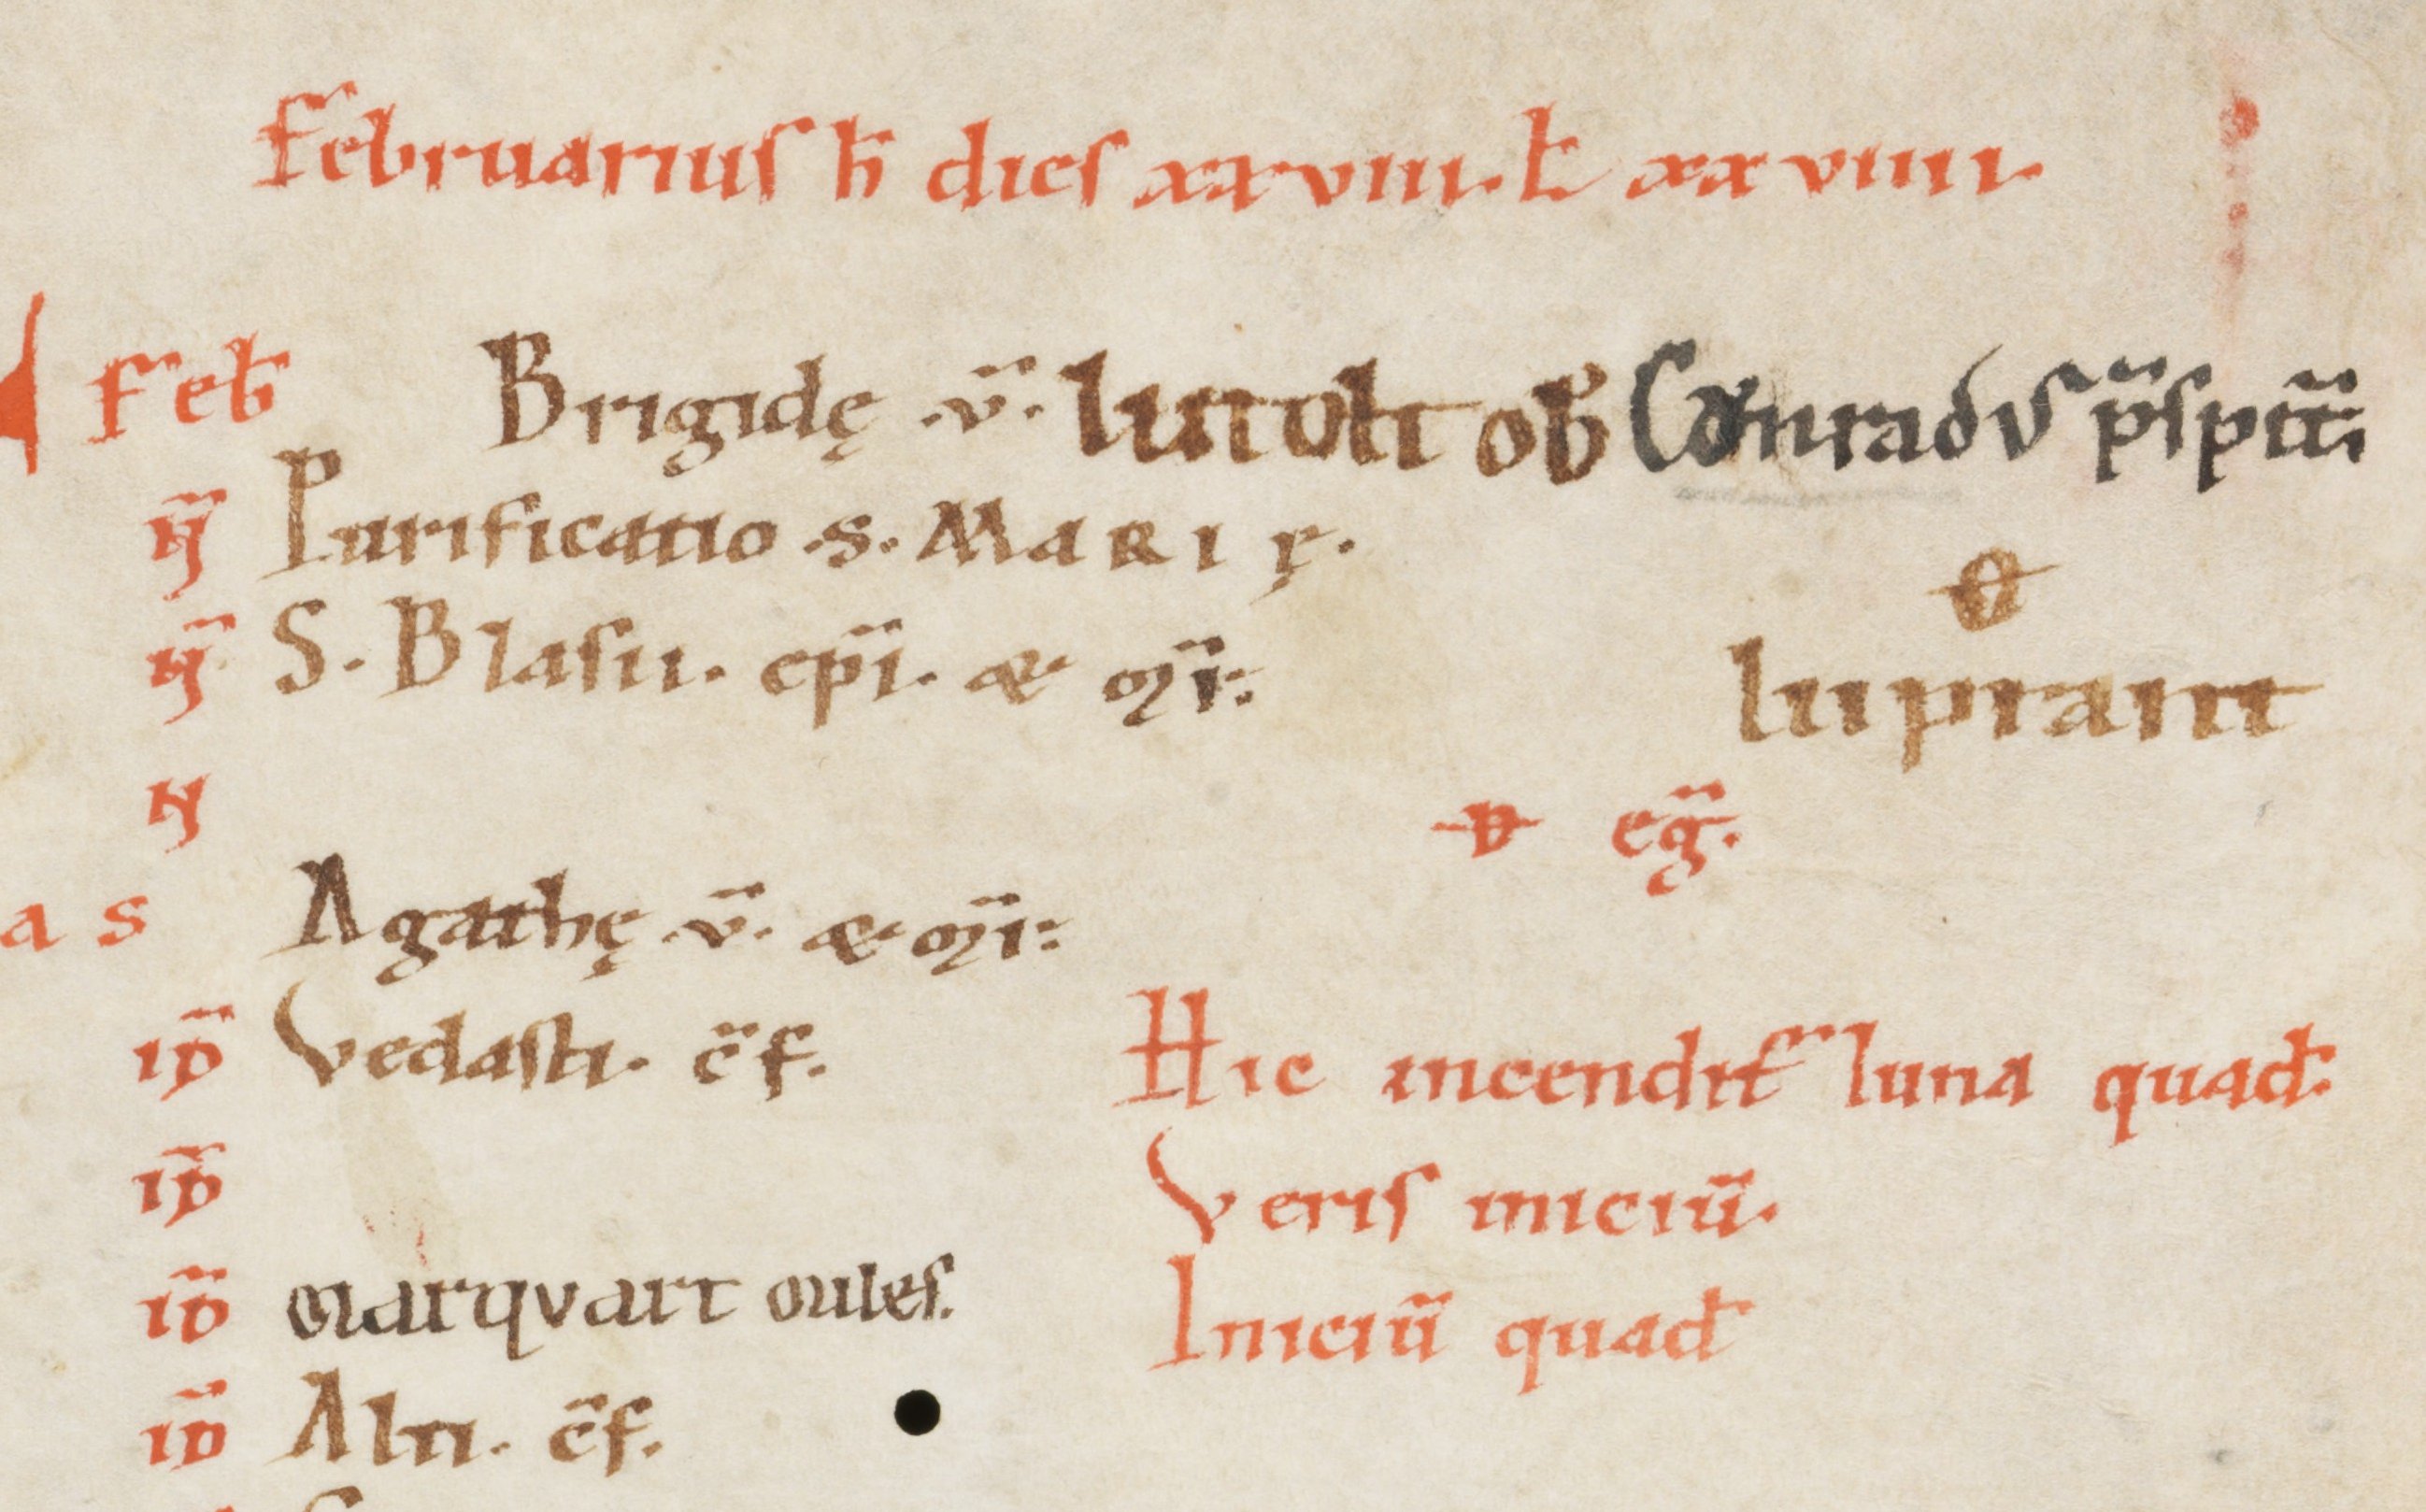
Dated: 1100–1199